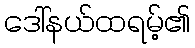
ဒေါ်နယ်ထရမ့်၏